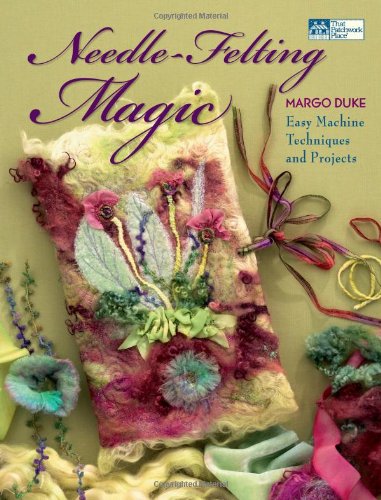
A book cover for Needle-Felting Magic: Easy Machine Techniques and Projects (That Patchwork Place); Margo Duke; Crafts, Hobbies & Home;